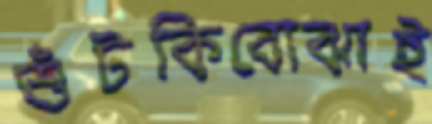
শুঁটকিবোঝাই